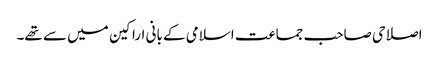
اصلاحی صاحب جماعت اسلامی کے بانی اراکین میں سے تھے۔